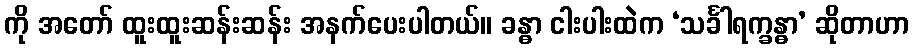
ကို အတော် ထူးထူးဆန်းဆန်း အနက်ပေးပါတယ်။ ခန္ဓာ ငါးပါးထဲက ‘သင်္ခါရက္ခန္ဓာ’ ဆိုတာဟာ